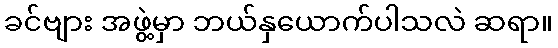
ခင်ဗျား အဖွဲ့မှာ ဘယ်နှယောက်ပါသလဲ ဆရာ။